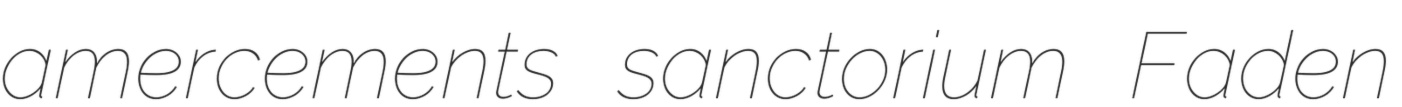
amercements sanctorium Faden